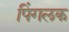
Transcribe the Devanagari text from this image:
पिंगलक